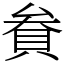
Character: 貵